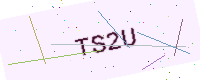
Text: TS2U